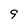
Character: 9